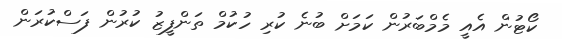
ކޯޓުން އެއީ މެމްބަރުން ކަމަށް ބުނެ ކުރި ހުކުމް ތަންފީޒު ކުރުން ފަސްކުރަން